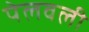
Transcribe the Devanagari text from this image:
पेलवली